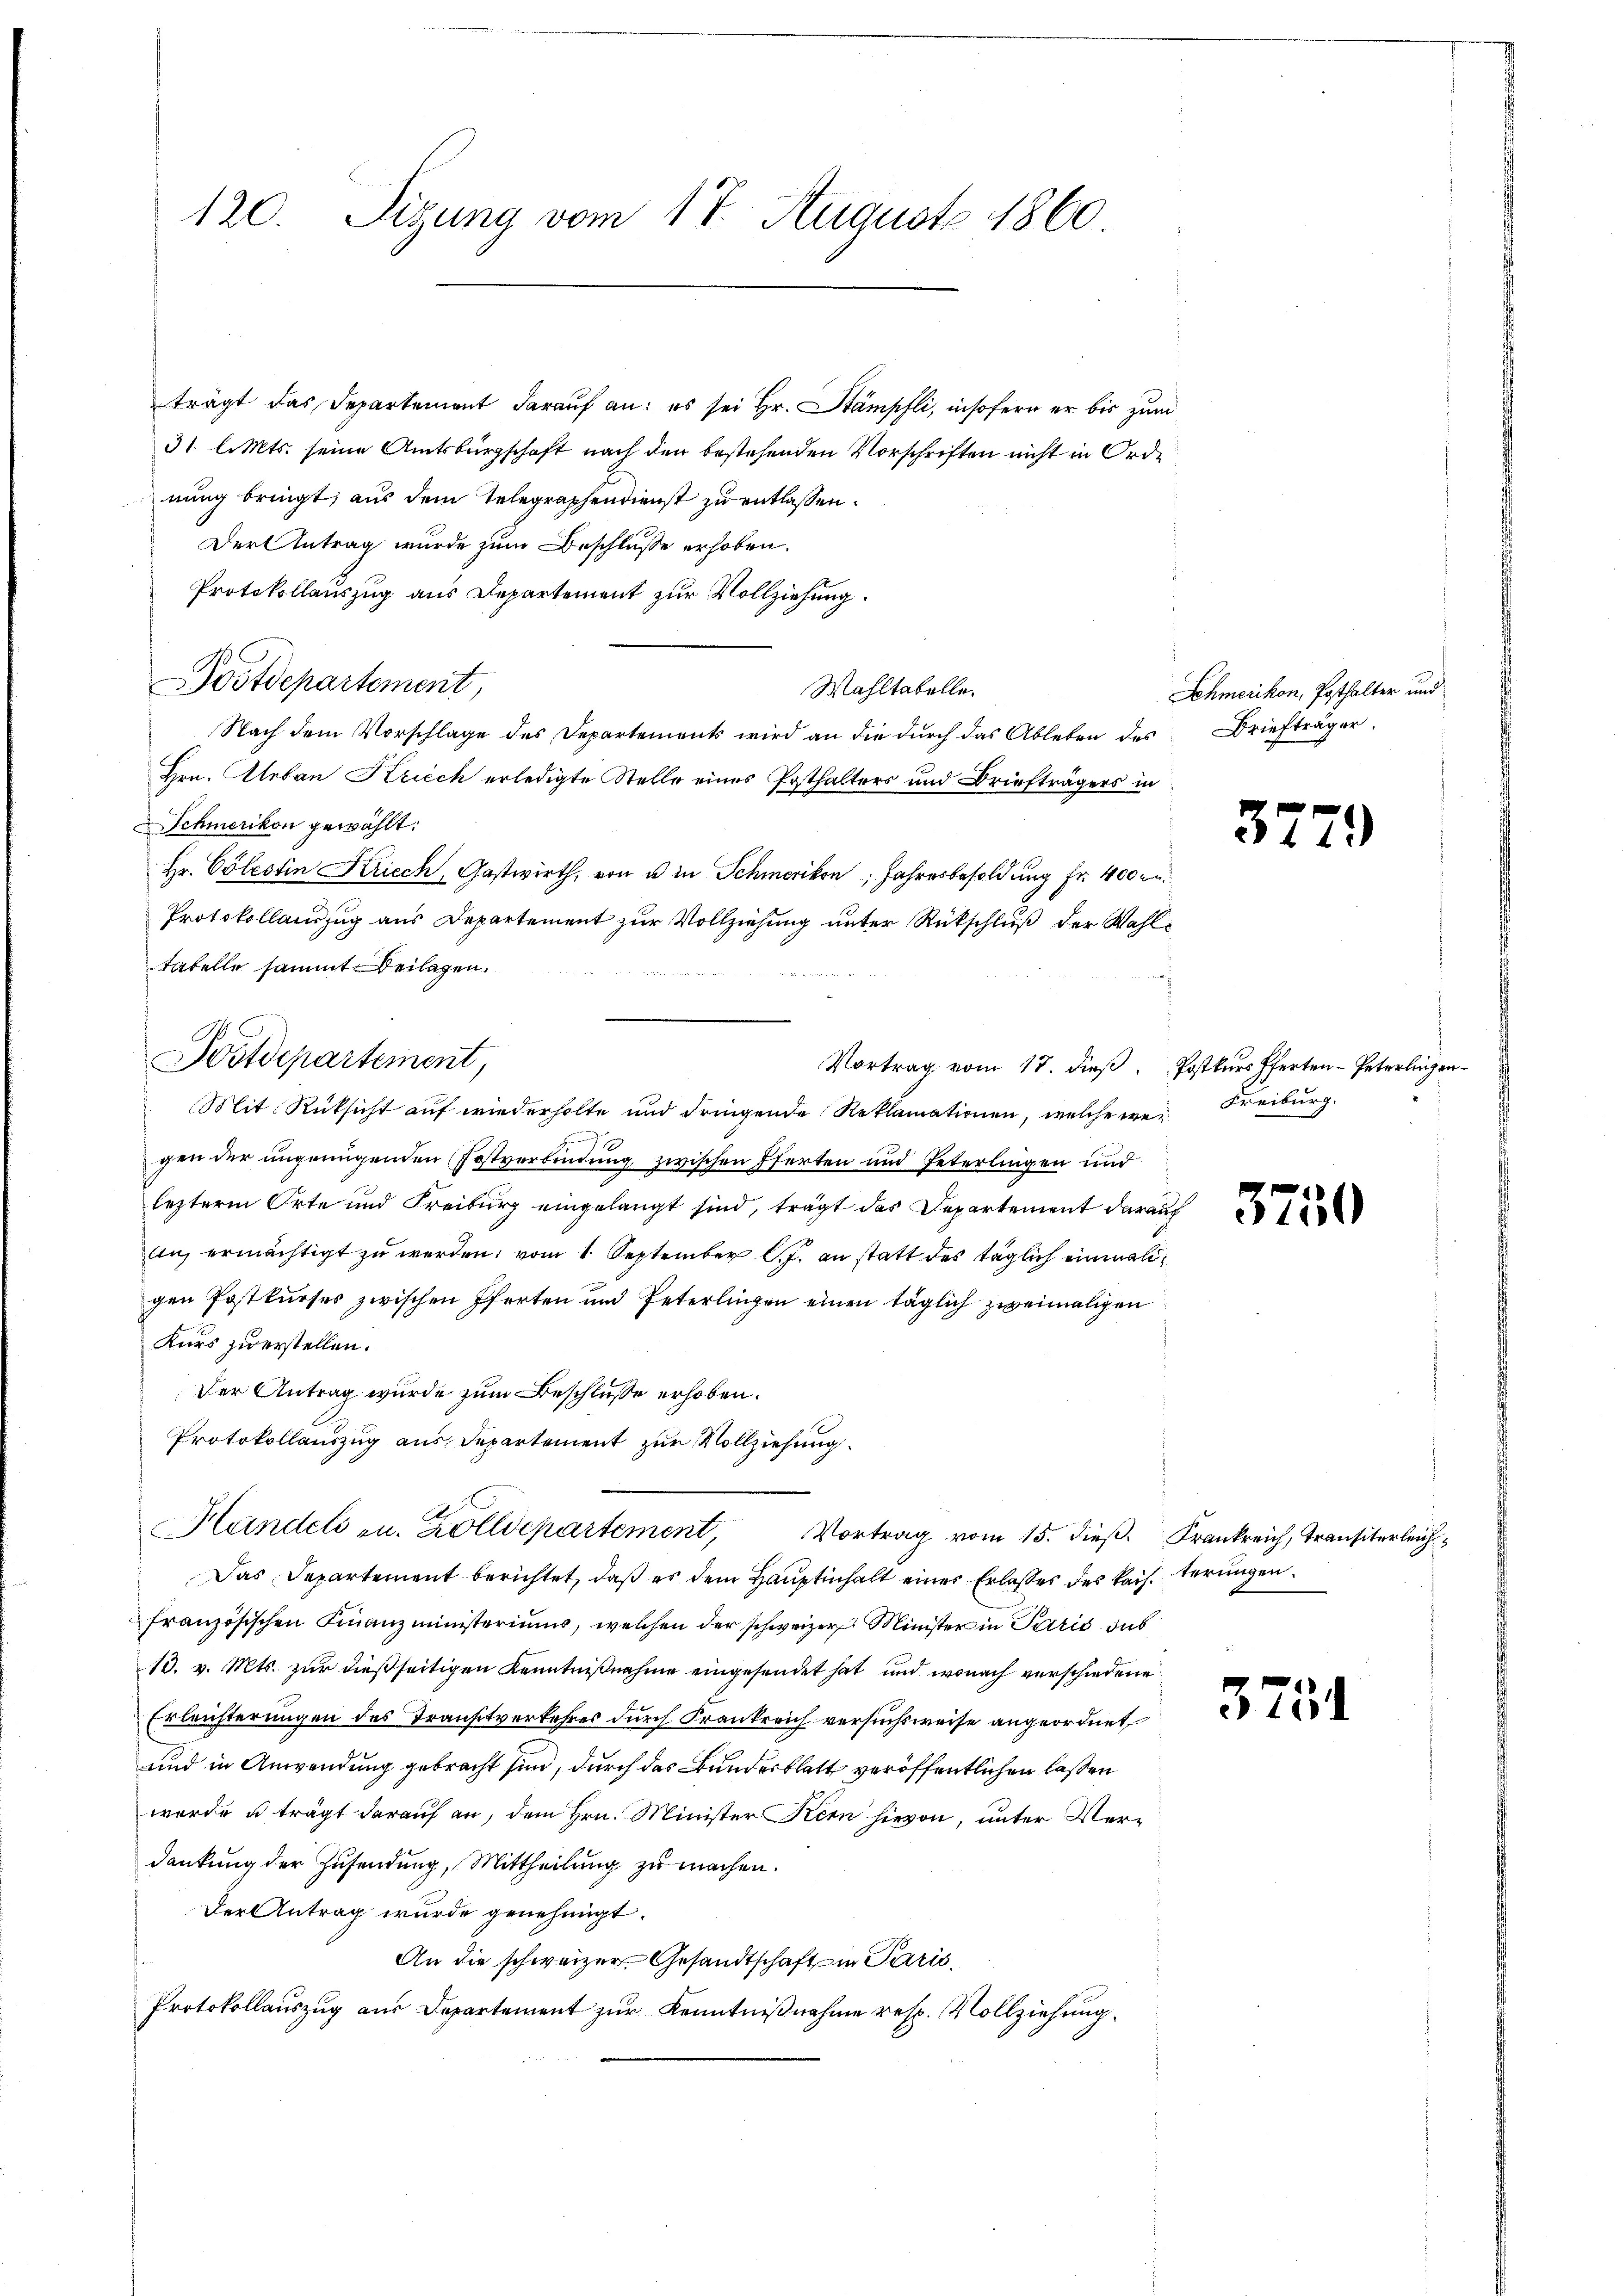
120.
Sigung vom 17. August 1860

trägt das Departement darauf an: es sei Hr. Stämpfli, insofern er bis zum
31. l. Mts. seine Amtsbürgschaft nach den bestehenden Vorschriften nicht in Ordnung bringt, aus dem Telegraphendienst zu entlassen.
Der Antrag wurde zum Beschlusse erhoben.
Protokollauszug aus Departement zur Vollziehung.
Postdepartement,
Wahltabelle.
Nach dem Vorschlage des Departements wird an die durch das Ableben des Briefträger
Hrn. Aleban Kriech erledigte Stelle eines Posthalters und Briefträgers in
Schmerikon gewählt.
Hr. Cölestin Kriech, Gastwirth, von u in Schmerikon, Jahresbesoldung Fr. 400 r
Protokollauszug aus Departement zur Vollziehung unter Rückschluß der Wahltabelle sammt Beilagen.
Vortrag vom 17. dieβ. Postkurs Pferten-Peterlingen
Mit Rücksicht auf wiederholte und dringende Reklamationen, welche wer Freiburg.
19
gen der ungenügenden Postverbindung zwischen Pferten und Peterlingen und
lezterm Orte und Freiburg eingelangt sind, trägt das Departement darauf
an, ermächtigt zu werden; vom 1. September J. an statt des täglich einmaligen Postkurses zwischen Pferten und Peterlingen einen täglich zweimaligen
Kurs zu erstellen.
Der Antrag wurde zum Beschlusse erhoben.
Protokollauszug aus Departement zur Vollziehung
Handels zu. Zolldepartement, Vortrag vom 15. dieβ. Krankreich, Transiterleich¬
Das Departement berichtet, daß es dem Hauptinhalt einer Erlaßes des kaisterungen
französischen Finanzministeriums, welchen der schweizer Minister in Paris sub
13. v. Mts. zur dießseitigen Kenntnißnahme eingesendet hat und wonach verschiedene
Erleichterungen des Transtverkehrer durch Frankreich versuchsweise angeordnet
und in Anwendung gebracht sind, durch das Bundesblatt veröffentlichen lassen
wurde u trägt darauf an, dem Hrn. Minister Kern hievon, unter Verdankung der Zusendung, Mittheilung zu machen.
Der Antrag wurde genehmigt.
An die schweizer Gesandtschaft in Paris
Protokollauszug aus Departement zur Kenntnißnahme resp. Vollziehung

Postdepartement,

Schmerikon, Posthalter und

3779

3750

3751